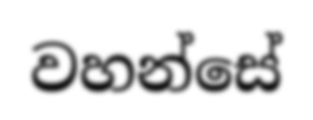
වහන්සේ